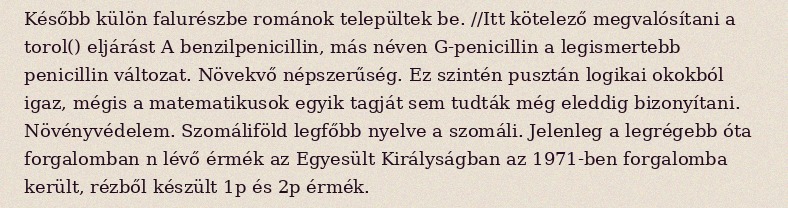
Később külön falurészbe románok települtek be. //Itt kötelező megvalósítani a torol() eljárást A benzilpenicillin, más néven G-penicillin a legismertebb penicillin változat. Növekvő népszerűség. Ez szintén pusztán logikai okokból igaz, mégis a matematikusok egyik tagját sem tudták még eleddig bizonyítani. Növényvédelem. Szomáliföld legfőbb nyelve a szomáli. Jelenleg a legrégebb óta forgalomban n lévő érmék az Egyesült Királyságban az 1971-ben forgalomba került, rézből készült 1p és 2p érmék.